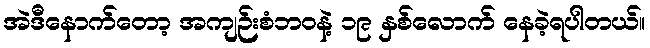
အဲဒီနောက်တော့ အကျဉ်းစံဘဝနဲ့ ၁၉ နှစ်လောက် နေခဲ့ရပါတယ်။